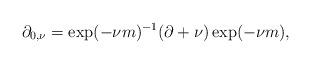
LaTeX: \begin{align*} \partial_{0,\nu} = \exp(-\nu m)^{-1}(\partial +\nu)\exp(-\nu m),\end{align*}